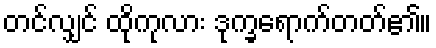
တင်လျှင် ထိုကုလား ဒုက္ခရောက်တတ်၏။